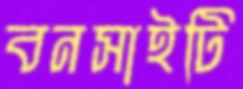
বনসাইটি